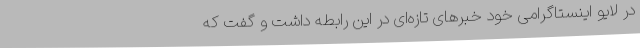
در لایو اینستاگرامی خود خبرهای تازه‌ای در این رابطه داشت و گفت که